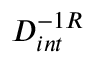
D _ { i n t } ^ { - 1 R }